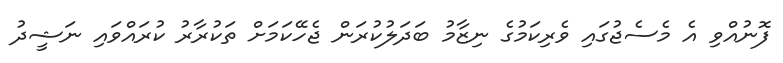
ފޮނުއްވި އެ މެސެޖުގައި ވެރިކަމުގެ ނިޒާމު ބަދަލުކުރަން ޖެހޭކަމަށް ތަކުރާރު ކުރައްވައި ނަޝީދު